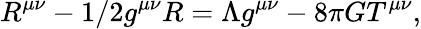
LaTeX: R^{\mu\nu}-1/2g^{\mu\nu}R=\Lambda g^{\mu\nu}-8\pi GT^{\mu\nu},